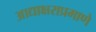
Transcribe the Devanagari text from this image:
आद्याक्षराप्रमाणे